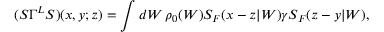
( S \Gamma ^ { L } S ) ( x , y ; z ) = \int d W \, \rho _ { 0 } ( W ) S _ { F } ( x - z | W ) \gamma S _ { F } ( z - y | W ) ,